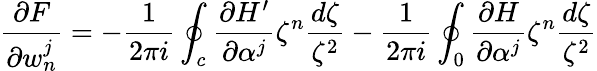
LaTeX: \frac{\partial F}{\partial w_{n}^{j}}=-\frac{1}{2\pi i}\oint_{c}\frac{\partial H^{\prime}}{\partial\alpha^{j}}\zeta^{n}\frac{d\zeta}{\zeta^{2}}-\frac{1}{2\pi i}\oint_{0}\frac{\partial H}{\partial\alpha^{j}}\zeta^{n}\frac{d\zeta}{\zeta^{2}}